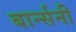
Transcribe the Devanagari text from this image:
बार्न्सनी